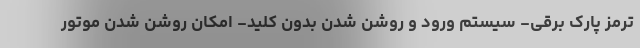
ترمز پارک برقی- سیستم ورود و روشن شدن بدون کلید- امکان روشن شدن موتور